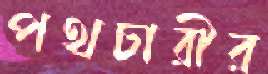
পথচারীর